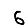
Digit: 6